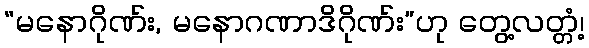
“မနောဂိုဏ်း, မနောဂဏာဒိဂိုဏ်း”ဟု တွေ့လတ္တံ့၊